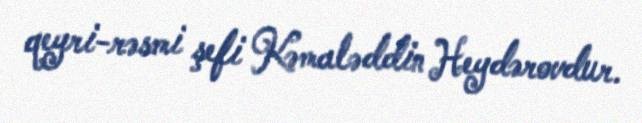
qeyri-rəsmi şefi Kəmaləddin Heydərovdur.